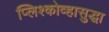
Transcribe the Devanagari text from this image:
प्लिश्कोव्हासुद्धा